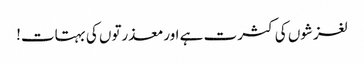
لغزشوں کی کثرت ہے اورمعذرتوں کی بہتات!